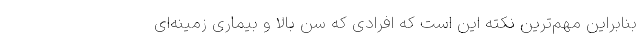
بنابراین مهم‌ترین نکته این است که افرادی که سن بالا و بیماری زمینه‌ای